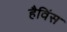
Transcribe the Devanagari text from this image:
हैविंस